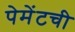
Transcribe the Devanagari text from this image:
पेमेंटची